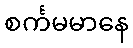
စင်္ကမမာနေ